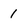
Character: 1